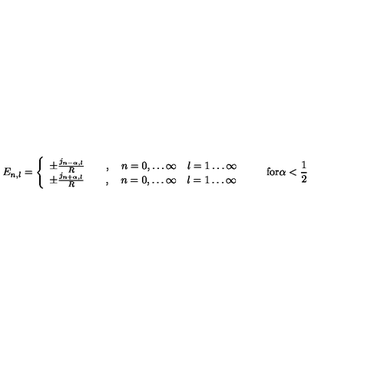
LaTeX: E _ { n , l } = \left\{ \begin{array} { l } { \pm \frac { j _ { n - \alpha , l } } { R } \qquad , \quad n = 0 , \ldots \infty \quad l = 1 \ldots \infty } \\ { \pm \frac { j _ { n + \alpha , l } } { R } \qquad , \quad n = 0 , \ldots \infty \quad l = 1 \ldots \infty } \\ \end{array} \right. \qquad \mathrm { f o r } \alpha < \frac { 1 } { 2 }